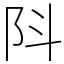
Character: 阧